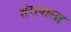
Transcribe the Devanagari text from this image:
शेरावाला